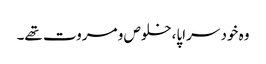
وہ خود سراپا،خلوص و مروت تھے۔